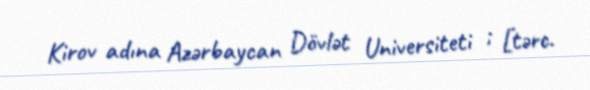
Kirov adına Azərbaycan Dövlət Universiteti ; [tərc.